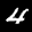
Label: 4